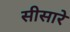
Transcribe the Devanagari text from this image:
सीसारे